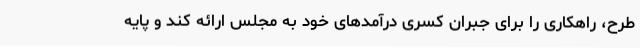
طرح، راهکاری را برای جبران کسری درآمدهای خود به مجلس ارائه کند و پایه